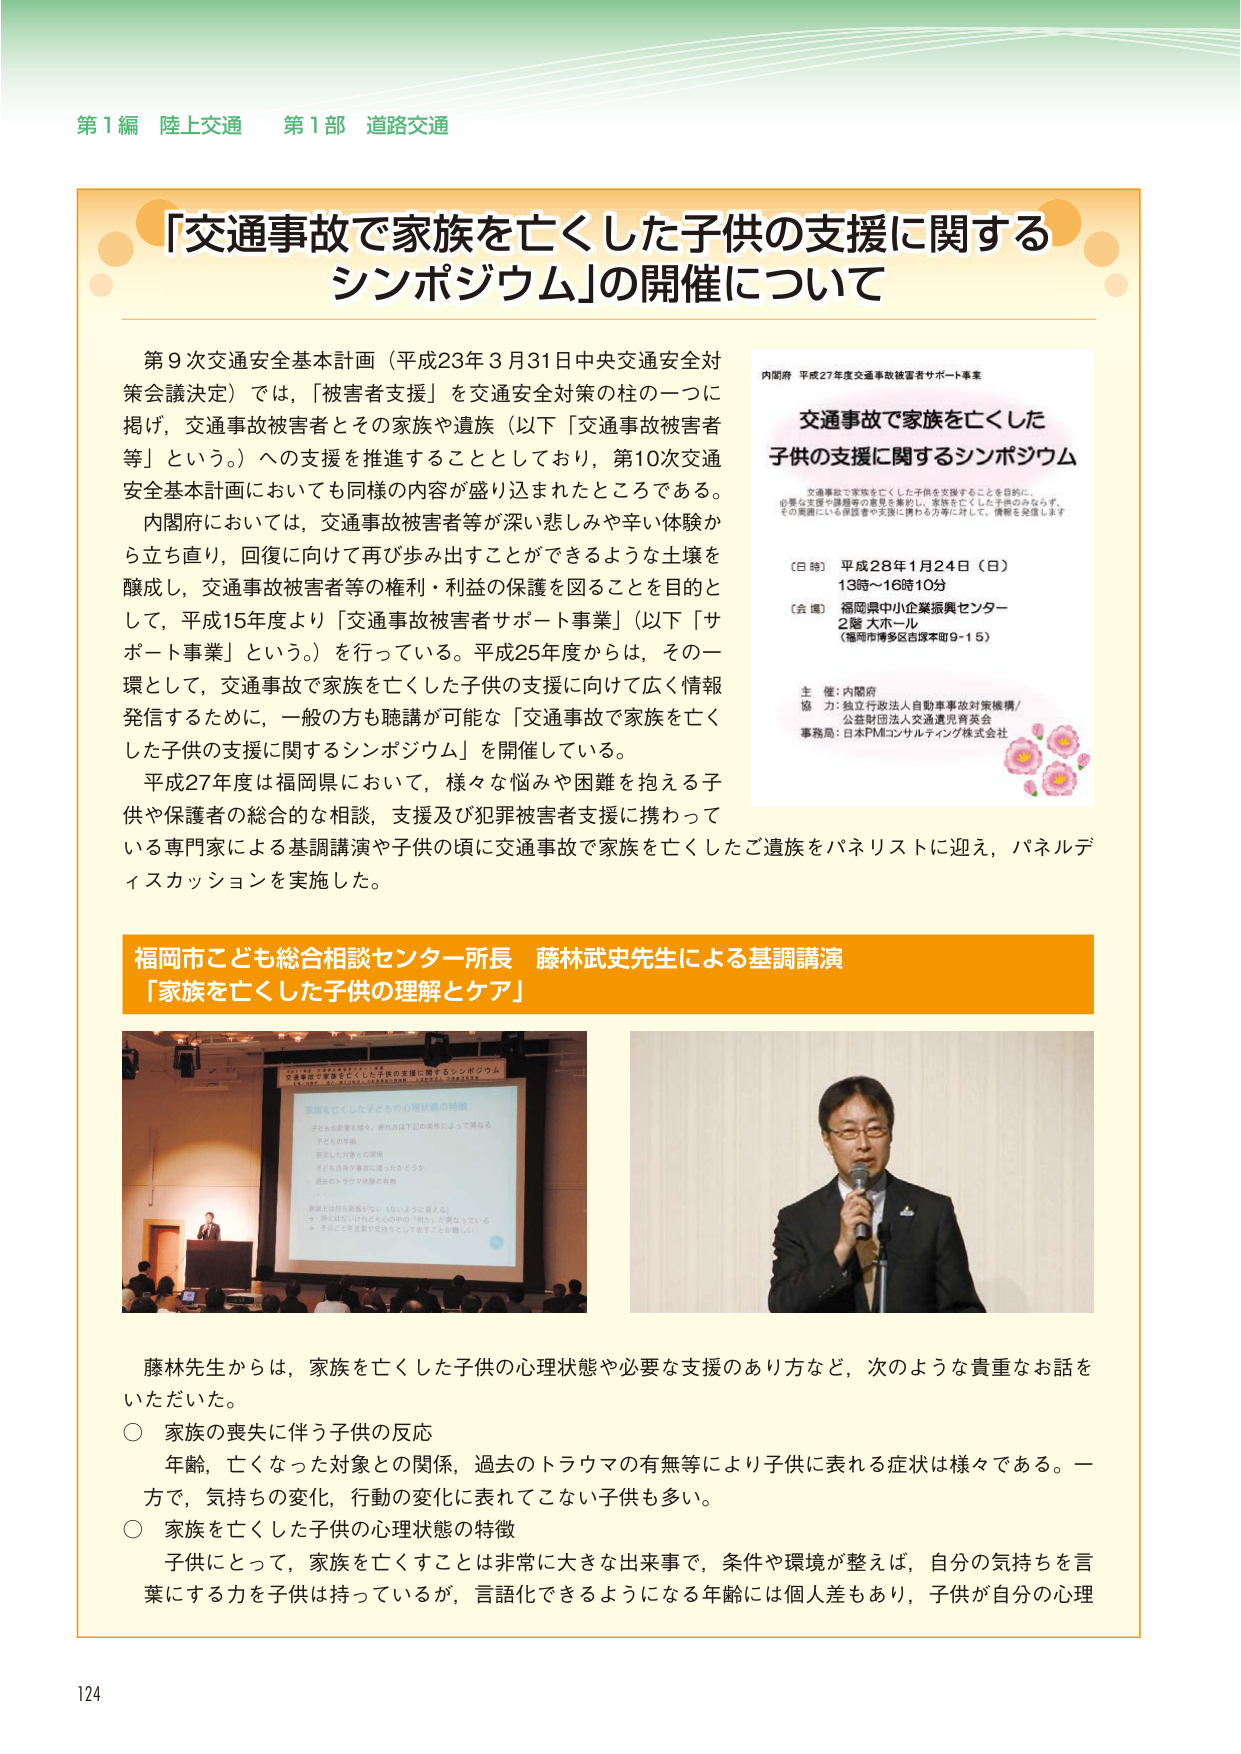
第1編 陸上交通 第1部 道路交通

「交通事故で家族を亡くした子供の支援に関する
シンポジウム」の開催について

第9次交通安全基本計画（平成23年3月31日中央交通安全対
策会議決定）では，「被害者支援」を交通安全対策の柱の一つに
掲げ，交通事故被害者とその家族や遺族（以下「交通事故被害者
等」という。）への支援を推進することとしており，第10次交通
安全基本計画においても同様の内容が盛り込まれたところである。
内閣府においては，交通事故被害者等が深い悲しみや辛い体験か
ら立ち直り，回復に向けて再び歩み出すことができるような土壌を
醸成し，交通事故被害者等の権利・利益の保護を図ることを目的と
して，平成15年度より「交通事故被害者サポート事業」（以下「サ
ポート事業」という。）を行っている。平成25年度からは，その一
環として，交通事故で家族を亡くした子供の支援に向けて広く情報
発信するために，一般の方も聴講が可能な「交通事故で家族を亡く
した子供の支援に関するシンポジウム」を開催している。
平成27年度は福岡県において，様々な悩みや困難を抱える子
供や保護者の総合的な相談，支援及び犯罪被害者支援に携わって
いる専門家による基調講演や子供の頃に交通事故で家族を亡くしたご遺族をパネリストに迎え，パネルデ
ィスカッションを実施した。

内閣府 平成27年度交通事故被害者サポート事業
交通事故で家族を亡くした
子供の支援に関するシンポジウム

交通事故で家族を亡くした子供を支援することを目的に，
必要な支援や課題等の意見を集約し，家族を亡くした子供のみならず，
その周囲にいる保護者や支援に携わる方等に対して，情報を発信します

〔日時〕 平成28年1月24日（日）
13時～16時10分
〔会場〕 福岡県中小企業振興センター
2階 大ホール
（福岡市博多区吉塚本町9-15）

主 催：内閣府
協 力：独立行政法人自動車事故対策機構／
公益財団法人交通遺児育英会
事務局：日本PMコンサルティング株式会社

福岡市こども総合相談センター所長 藤林武史先生による基調講演
「家族を亡くした子供の理解とケア」

藤林先生からは，家族を亡くした子供の心理状態や必要な支援のあり方など，次のような貴重なお話を
いただいた。
○ 家族の喪失に伴う子供の反応
年齢，亡くなった対象との関係，過去のトラウマの有無等により子供に表れる症状は様々である。一
方で，気持ちの変化，行動の変化に表れてこない子供も多い。
○ 家族を亡くした子供の心理状態の特徴
子供にとって，家族を亡くすことは非常に大きな出来事で，条件や環境が整えば，自分の気持ちを言
葉にする力を子供は持っているが，言語化できるようになる年齢には個人差もあり，子供が自分の心理

124